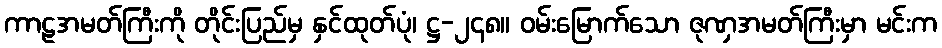
ကာဠအမတ်ကြီးကို တိုင်းပြည်မှ နှင်ထုတ်ပုံ၊ ဋ္ဌ-၂၄၈။ ဝမ်းမြောက်သော ဇုဏှအမတ်ကြီးမှာ မင်းက